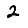
Digit: 2